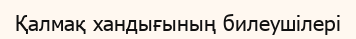
Қалмақ хандығының билеушілері